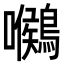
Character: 𪅺